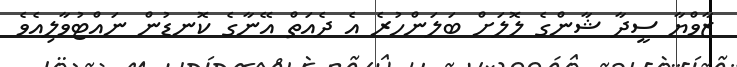
ޒާވްޔާ ސީދާ ޝާންގެ ލޮލަށް ބަލަންހުރެ އެ ދެއަތް އޭނާގެ ކޮނޑުން ނައްޓުވާލިއެވެ